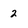
Character: 2